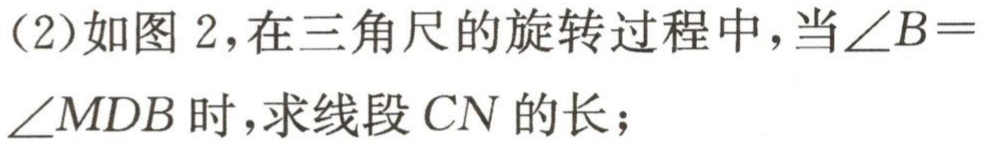
(2)如图 2，在三角尺的旋转过程中，当$\angle B = \angle MDB$时，求线段$CN$的长；